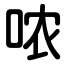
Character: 哝